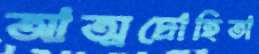
আত্মদ্রোহিতা